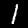
Digit: 1